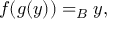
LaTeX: f ( g ( y ) ) = _ { B } y ,